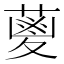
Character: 𮐭